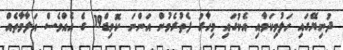
ދުނިޔޭގައި ހަލުވިކަމާއި އެކުގައި މިހާރު ފެތުރެމުން އަންނަ ކޮވިޑް19 ގެ އެއްވެސް އަލާމާތެއް